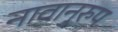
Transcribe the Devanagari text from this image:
नावानुरुप